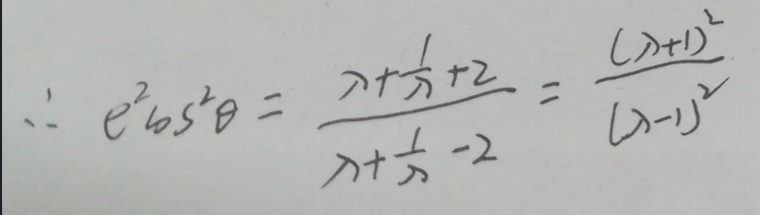
\[
\therefore e^{2}\cos^{2}\theta=\frac{\lambda+\frac{1}{\lambda}+2}{\lambda+\frac{1}{\lambda}-2}=\frac{(\lambda + 1)^{2}}{(\lambda - 1)^{2}}
\]